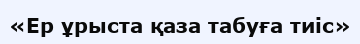
«Ер ұрыста қаза табуға тиіс»